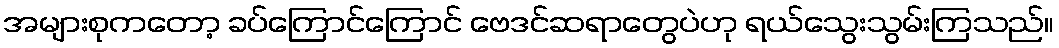
အများစုကတော့ ခပ်ကြောင်ကြောင် ဗေဒင်ဆရာတွေပဲဟု ရယ်သွေးသွမ်းကြသည်။